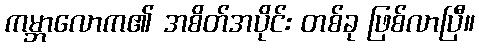
ကမ္ဘာလောက၏ အစိတ်အပိုင်း တစ်ခု ဖြစ်လာပြီ။